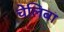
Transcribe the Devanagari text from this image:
चेलिबा